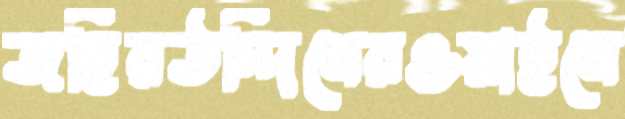
জহিরউদ্দিনেরওয়াইনে